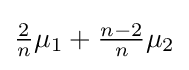
{\textstyle {\frac {2}{n}}\mu _{1}+{\frac {n-2}{n}}\mu _{2}}